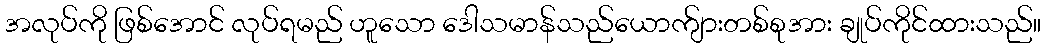
အလုပ်ကို ဖြစ်အောင် လုပ်ရမည် ဟူသော ဒေါသမာန်သည်ယောက်ျားတစ်စုအား ချုပ်ကိုင်ထားသည်။